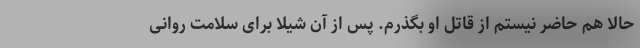
حالا هم حاضر نیستم از قاتل او بگذرم. پس از آن شیلا برای سلامت روانی